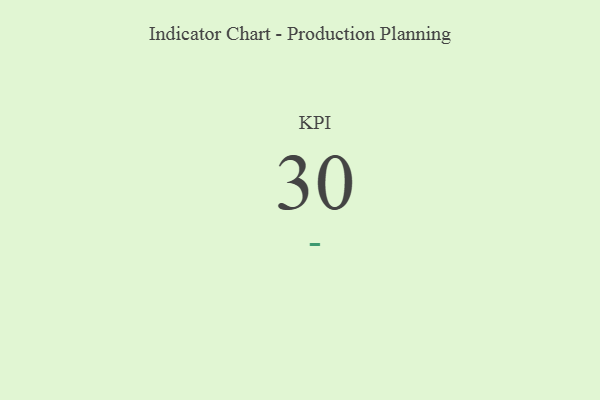
{"axis": {"x": "KPI", "y": "Value"}, "legend": [""], "data": [{"x": "KPI", "y": 30, "type": ""}]}